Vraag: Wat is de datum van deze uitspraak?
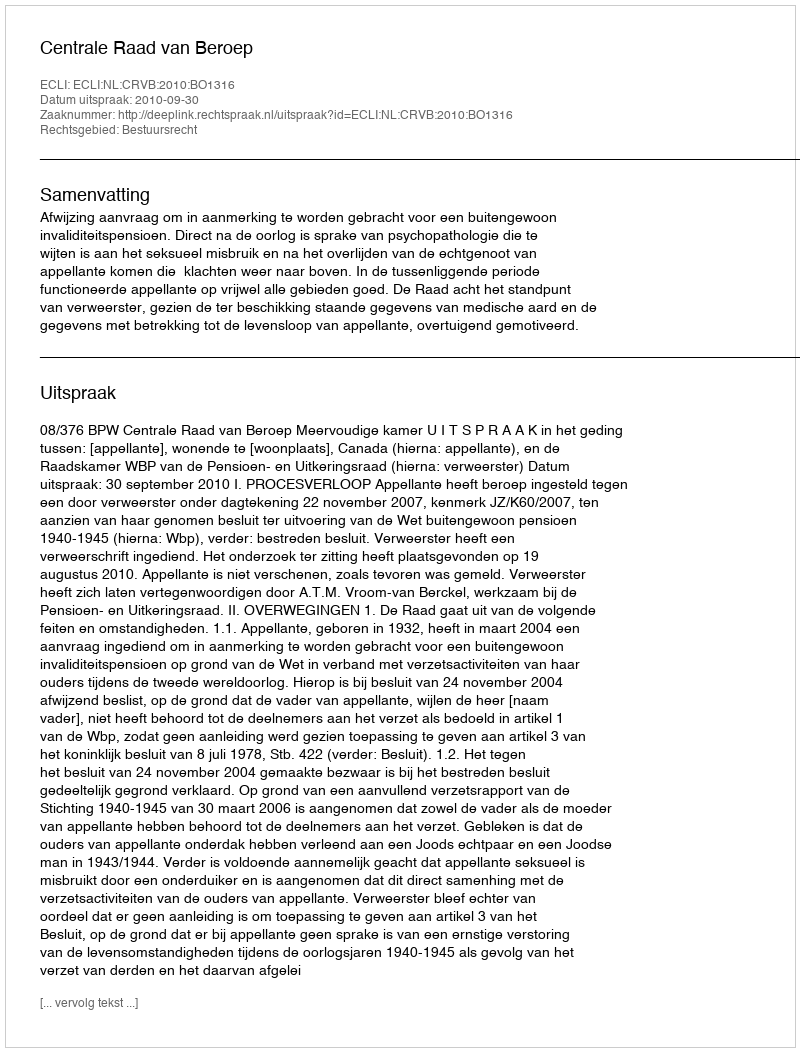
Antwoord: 2010-09-30